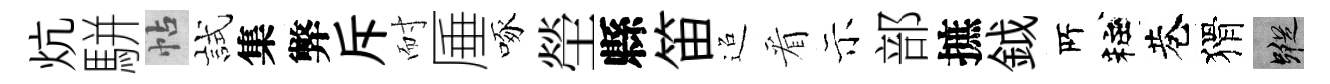
炕駢帖試集弊斥耐厜啄塋縣笛迢看示部摭鉞𠩄粧巷猾蹤